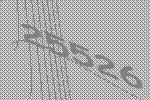
25526